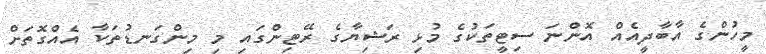
މީހުންގެ އާބާދީއެއް އޮންނަ ސިޓީތަކުގެ މުޅި ރަޝިޔާގެ ރޭޓިންގައި މި މިންގަނޑުތަކާ އެއްގޮތަށް